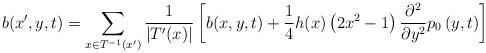
LaTeX: \begin{align*} b(x',y,t)=\sum_{x\in T^{-1}(x')} \frac{1}{|T'(x)|}\left[b(x,y,t)+\frac{1}{4}h(x)\left(2x^{2}-1\right)\frac{\partial^{2}}{\partial y^{2}}p_{0}\left(y,t\right)\right]\end{align*}